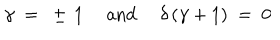
\gamma ~ = ~ \pm \, 1 ~ ~ \mathrm { a n d } ~ ~ \delta \, ( \gamma + 1 ) ~ = ~ 0